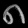
Digit: ၈